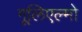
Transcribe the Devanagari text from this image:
गूलिएल्मो